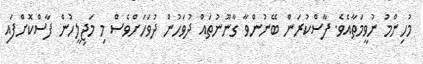
މުހިންމު ނުވީމަތާއެވެ. ފާސްކުރަން ބޭނުންވާ ގާނޫނުތައް ދުވަހުން ދުވަހަށްވެސް މި މަޖިލީހުން ފާސްކޮށްފައި